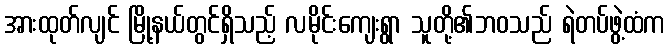
အားထုတ်လျင် မြို့နယ်တွင်ရှိသည့် လမိုင်းကျေးရွာ သူတို့၏ဘဝသည် ရဲတပ်ဖွဲ့ထံက